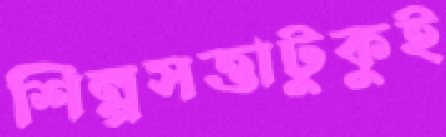
শিল্পসত্তাটুকুই